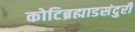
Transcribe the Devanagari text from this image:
कोटिब्रह्माडसंदुरी